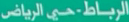
الرياضـة حي الرياض